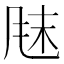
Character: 𫖼